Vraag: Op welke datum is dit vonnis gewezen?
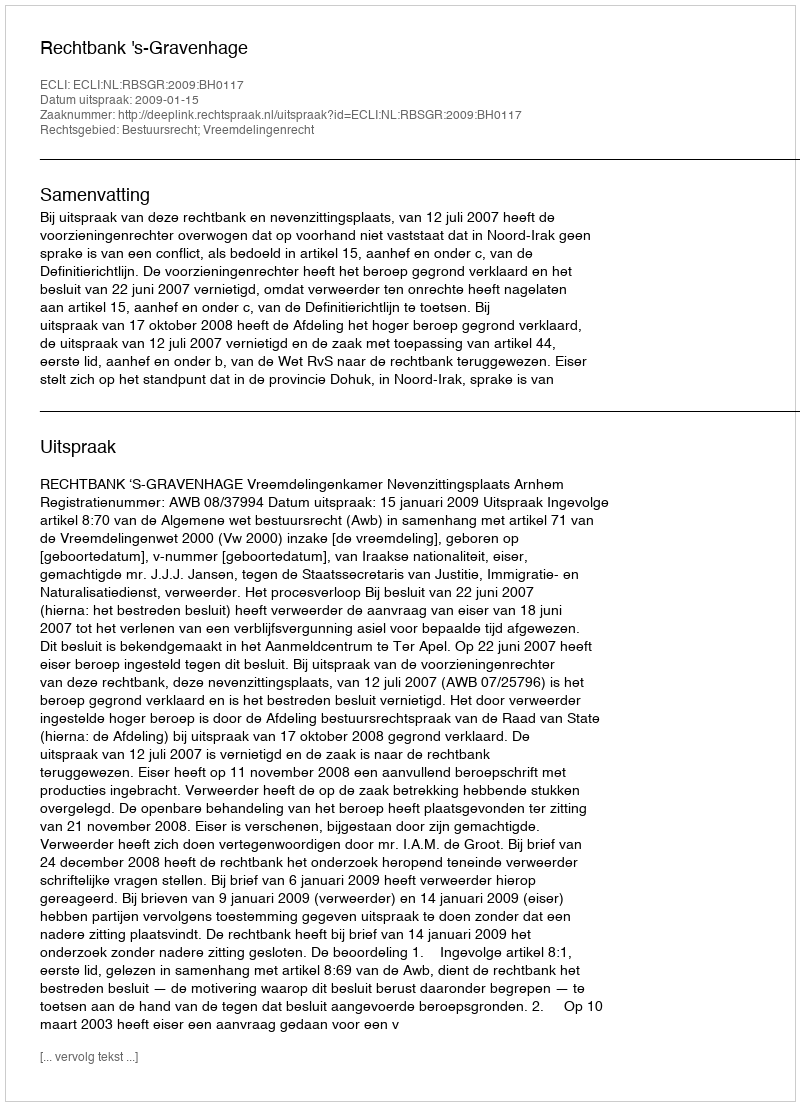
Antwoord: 2009-01-15